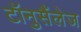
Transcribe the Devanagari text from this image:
टॉनुसैंलेज